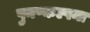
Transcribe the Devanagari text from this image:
पुनष्कल्पना